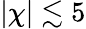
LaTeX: |\chi|\lesssim 5